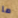
ما